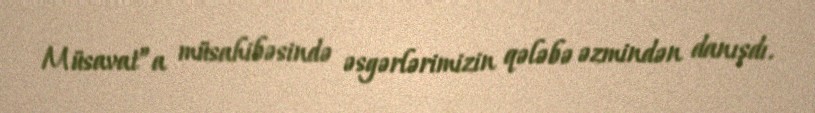
Müsavat”a müsahibəsində əsgərlərimizin qələbə əzmindən danışdı.